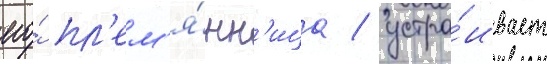
его́ пл'ем'я́нн'ица / устра́ивает